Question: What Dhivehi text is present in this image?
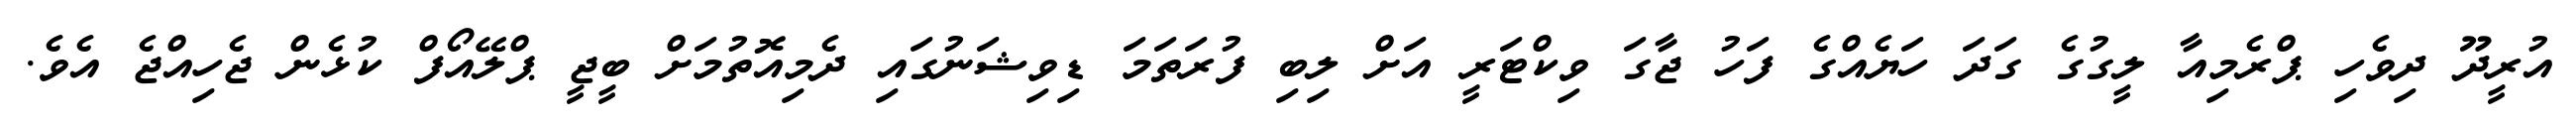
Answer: އުރީދޫ ދިވެހި ޕްރެމިއާ ލީގުގެ ގަދަ ހަޔެއްގެ ފަހު ޖާގަ ވިކްޓަރީ އަށް ލިބި ފުރަތަމަ ޑިވިޝަނުގައި ދެމިއޮތުމަށް ބީޖީ ޕްލޭއޯފް ކުޅެން ޖެހިއްޖެ އެވެ.